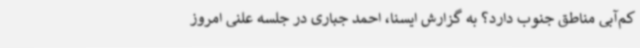
کم‌آبی مناطق جنوب دارد؟ به گزارش ایسنا، احمد جباری در جلسه علنی امروز